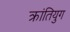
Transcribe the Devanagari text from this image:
क्रांतियुग